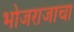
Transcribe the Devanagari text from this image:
भोजराजाचा